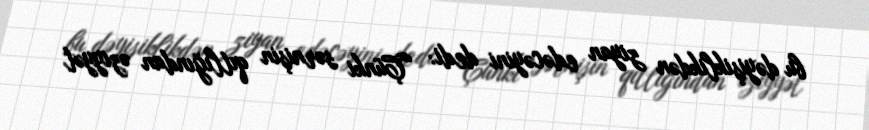
bu dəyişiklikdən ziyan edəcəyini dedi: “Çünki sərnişin qıtlığından əziyyət